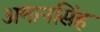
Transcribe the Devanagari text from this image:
अमानसिंह